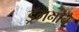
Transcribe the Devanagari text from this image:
ड्रॅगनांचे